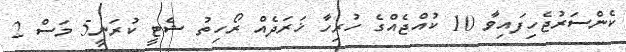
ކެންސަރުޖެހިފައިވާ 10 ކުއްޖެއްގެ ހުރިހާ ޚަރަދެއް ރޯހިތު ޝެޓީ ކުރަނީ5 މަސް 2